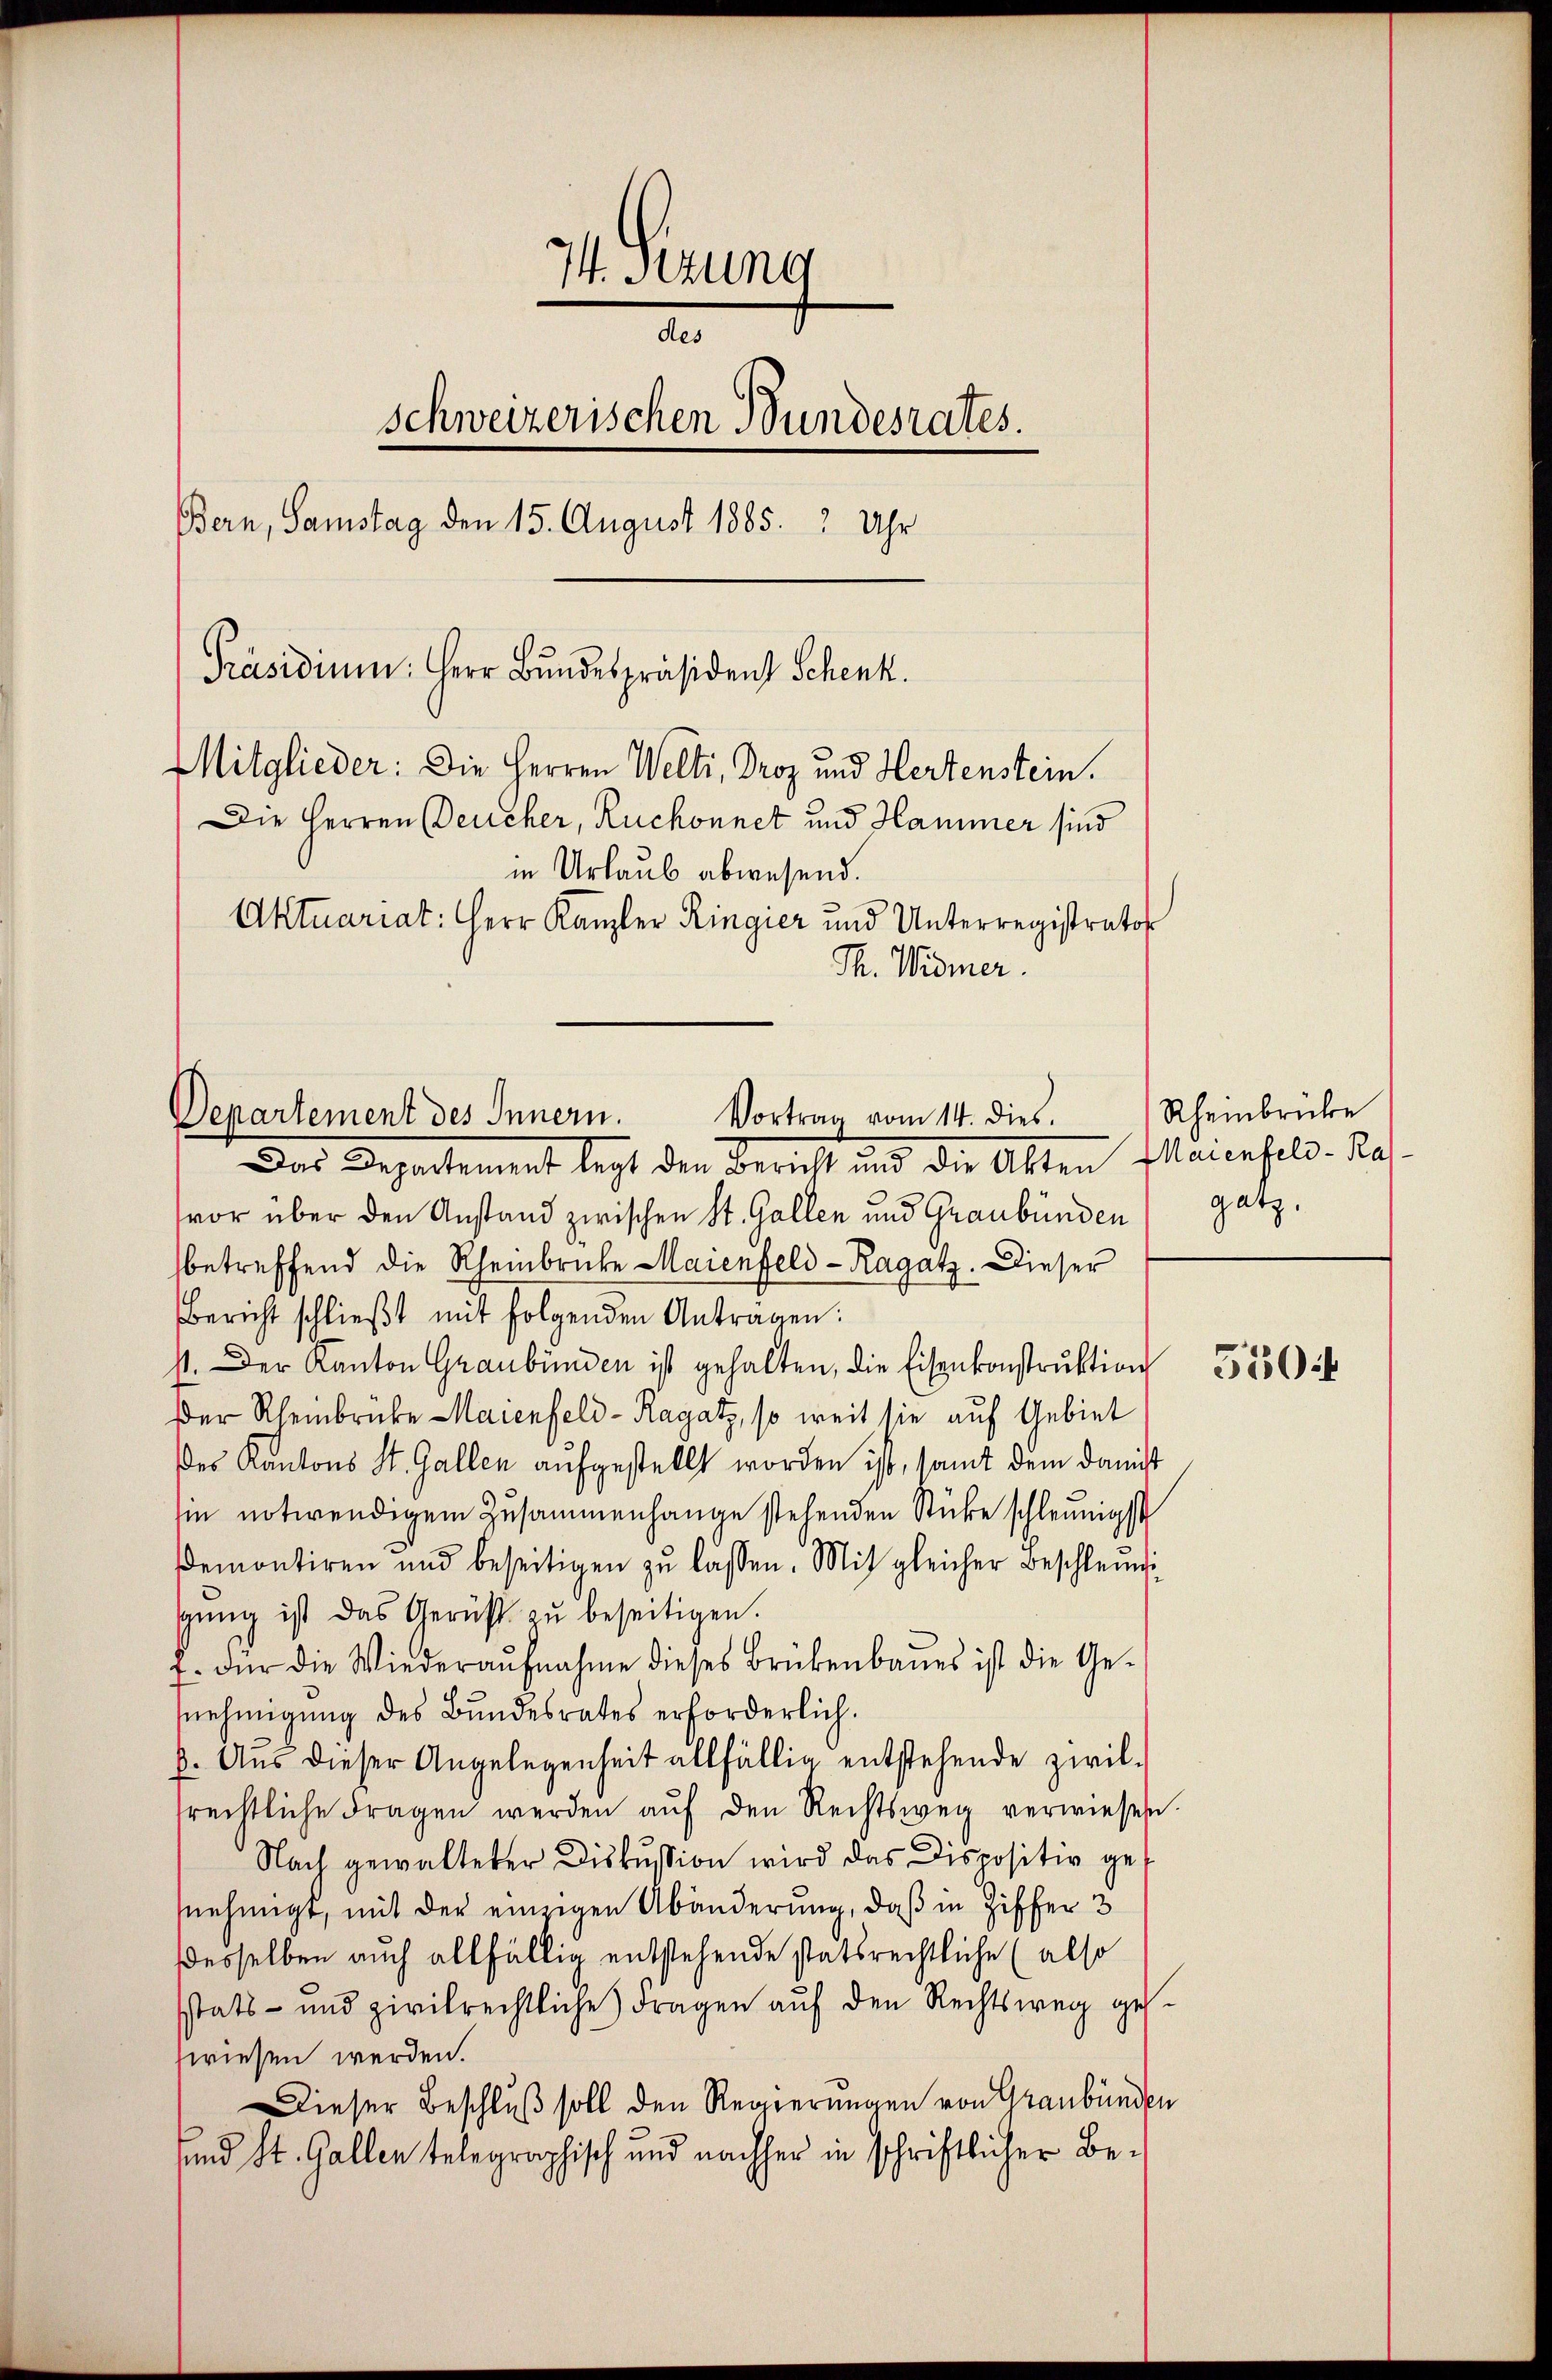
I.Stzung
des
schweizerischen Bundesrates.
Bern, Samstag den 15. August 1885. 2 Uhr
Präsidium. Herr Bundespräsident Schenk.
Mitglieder: Die Herren Welti, Droz und Hertenstein.
Die Herren Deucher, Ruchonnet und Hammer sind
in Urlaub abwesend.
Aktuariat: Herr Kanzler Ringier und Unterregistrator
Th. Widmer.

Vortrag vom 14. dies. Rheinbrücke
Departement des Innern.

Das Departement legt den Bericht und die Akten Italienfeld. Ra
vor über den Anstand zwischen St. Gallen und Graubünden
betreffend die Rheinbrücke Maienfeld-Ragatz. Dieser
Bericht schlieβt mit folgenden Antragen:
st. Der Kanton Graubünden ist gehalten, die Eisenkonstruktion
Der Rheinbrüke Maienfeld - Ragatz, so weit sie auf Gebiet
des Kantons St. Gallen aufgestellt worden ist, samt dem Danist
sin notwendigem Zusammenhange stehenden Stücke schleunigst
Demontiren und beseitigen zŭ lassen. Mit gleicher Beschleuni
gŭng ist das Geruht zŭ beseitigen.
f. für die Wiederaŭfnahme dieses Brükenbaŭes ist die Ge-
snehmigung des Bundesrates erforderlich.
6. Aus dieser Angelegenheit allfällig entstehende zwil-
rechtliche Fragen werden aŭf den Rechtsweg verwiesen.
Nach gewalteter Diskussion wird das Dispositiv gesnehmigt, mit der einzigen Abänderung, daß in Ziffer 3
ddesselben auch allfällig entstehende statsrechtliche (also
sstats- und zivilrechtliche Fragen aŭf den Rechtsweg geswiesen werden.
Dieser Beschluß soll den Regierungen von Graubünden
sund St. Gallen telegraphisch und nachher in schriftlicher Be-

gatz.

5504